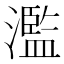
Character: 濫